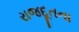
રાજદૂતના